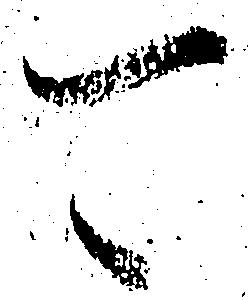
可